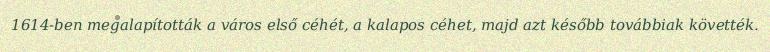
1614-ben megalapították a város első céhét, a kalapos céhet, majd azt később továbbiak követték.